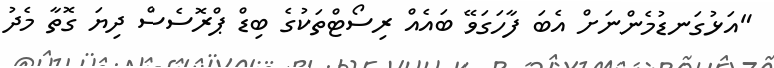
"އަޅުގަނޑުމެންނަށް އެބަ ފާހަގަވޭ ބައެއް ރިސޯޓްތަކުގެ ބިޑް ޕްރޮސެސް ދިޔަ ގޮތާ މެދު